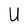
Character: U